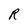
Character: R